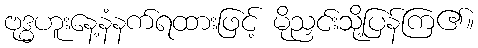
ဗုဒ္ဓဟူးနေ့နံနက်ရထားဖြင့် မိုညှင်းသို့ပြန်ကြ၏။